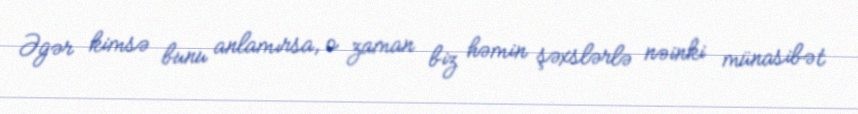
Əgər kimsə bunu anlamırsa, o zaman biz həmin şəxslərlə nəinki münasibət